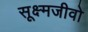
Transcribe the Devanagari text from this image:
सूक्ष्मजीवो